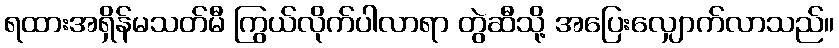
ရထားအရှိန်မသတ်မီ ကြွယ်လိုက်ပါလာရာ တွဲဆီသို့ အပြေးလျှောက်လာသည်။